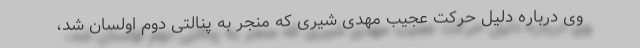
وی درباره دلیل حرکت عجیب مهدی شیری که منجر به پنالتی دوم اولسان شد،